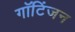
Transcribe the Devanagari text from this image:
गॉटिंजन